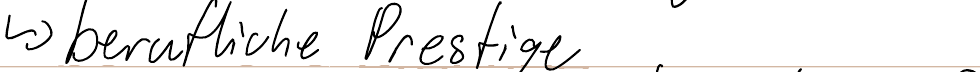
-> berufliche Prestige